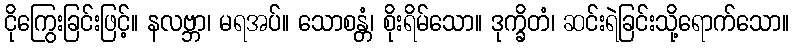
ငိုကြွေးခြင်းဖြင့်။ နလဗ္ဘာ၊ မရအပ်။ သောစန္တံ၊ စိုးရိမ်သော။ ဒုက္ခိတံ၊ ဆင်းရဲခြင်းသို့ရောက်သော။